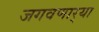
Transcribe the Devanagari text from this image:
जगवणार्‍या